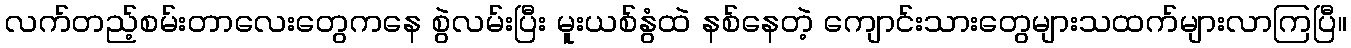
လက်တည့်စမ်းတာလေးတွေကနေ စွဲလမ်းပြီး မူးယစ်နွံထဲ နစ်နေတဲ့ ကျောင်းသားတွေများသထက်များလာကြပြီ။